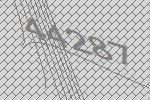
44287